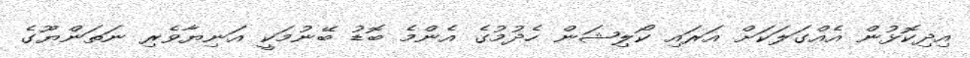
އިދިކޮޅުން އެއްގަލަކަށް އަރައި ކޯލިޝަން ހެދުމުގެ އެންމެ ބޮޑު ބޭނުމަކީ އަނިޔާވެރި ނަތަންޔޫގެ